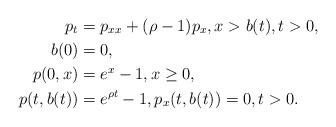
LaTeX: \begin{align*}p_{t}&=p_{xx}+(\rho -1)p_{x}, x>b(t), t>0,\\b(0)&=0,\\p(0,x)&=e^{x}-1, x\geq 0,\\p(t,b(t))&=e^{\rho t}-1, p_{x}(t,b(t))=0, t>0.\end{align*}